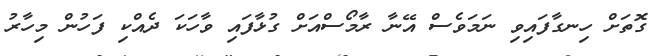
ގޮތަށް ހިނގާފައިވި ނަމަވެސް އޭނާ ރާމޯސްއަށް ގުޅާފައި ވާހަކަ ދެއްކި ފަހުން މިހާރު